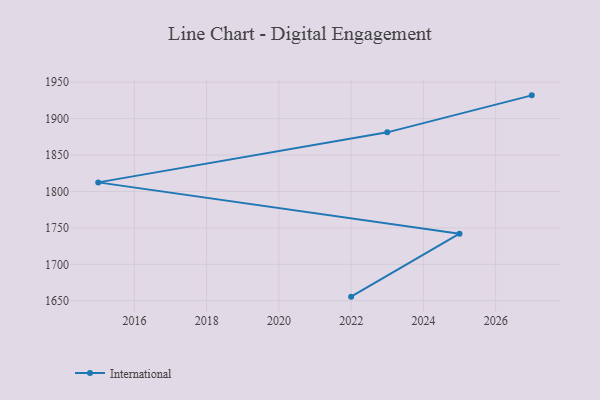
{"axis": {"x": "Year", "y": "Population (Million)"}, "legend": ["International"], "data": [{"x": "2022", "y": 1655.6, "type": "International"}, {"x": "2025", "y": 1742.0, "type": "International"}, {"x": "2015", "y": 1812.5, "type": "International"}, {"x": "2023", "y": 1881.2, "type": "International"}, {"x": "2027", "y": 1932.0, "type": "International"}]}